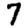
Digit: 7